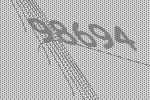
98694